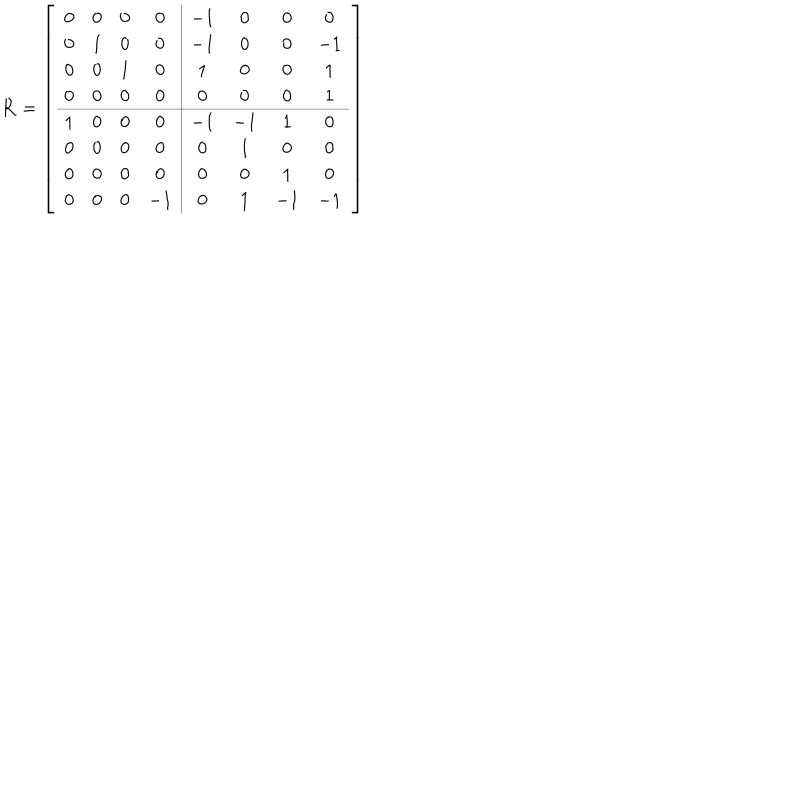
LaTeX: \mathbf { R } = \left[ \begin{array} { c c c c | c c c c } { { 0 } } & { { 0 } } & { { 0 } } & { { 0 } } & { { - 1 } } & { { 0 } } & { { 0 } } & { { 0 } } \\ { { 0 } } & { { 1 } } & { { 0 } } & { { 0 } } & { { - 1 } } & { { 0 } } & { { 0 } } & { { - 1 } } \\ { { 0 } } & { { 0 } } & { { 1 } } & { { 0 } } & { { 1 } } & { { 0 } } & { { 0 } } & { { 1 } } \\ { { 0 } } & { { 0 } } & { { 0 } } & { { 0 } } & { { 0 } } & { { 0 } } & { { 0 } } & { { 1 } } \\ \hline { { 1 } } & { { 0 } } & { { 0 } } & { { 0 } } & { { - 1 } } & { { - 1 } } & { { 1 } } & { { 0 } } \\ { { 0 } } & { { 0 } } & { { 0 } } & { { 0 } } & { { 0 } } & { { 1 } } & { { 0 } } & { { 0 } } \\ { { 0 } } & { { 0 } } & { { 0 } } & { { 0 } } & { { 0 } } & { { 0 } } & { { 1 } } & { { 0 } } \\ { { 0 } } & { { 0 } } & { { 0 } } & { { - 1 } } & { { 0 } } & { { 1 } } & { { - 1 } } & { { - 1 } } \\ \end{array} \right]